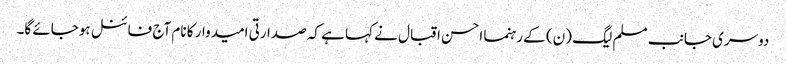
دوسری جانب مسلم لیگ (ن) کے رہنما احسن اقبال نے کہا ہے کہ صدارتی امیدوار کا نام آج فائنل ہوجائے گا۔